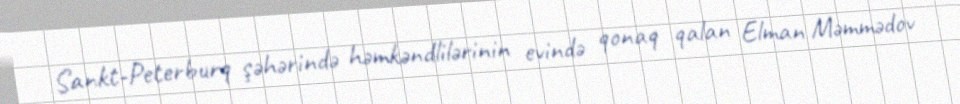
Sankt-Peterburq şəhərində həmkəndlilərinin evində qonaq qalan Elman Məmmədov